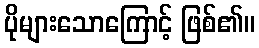
ပိုများသောကြောင့် ဖြစ်၏။